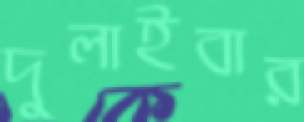
দুলাইবার